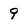
Character: 9